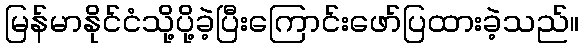
မြန်မာနိုင်ငံသို့ပို့ခဲ့ပြီးကြောင်းဖော်ပြထားခဲ့သည်။